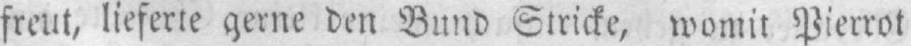
freut, lieferte gerne den Bund Stricke, womit Pierrot